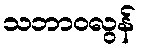
သဘာဝလွန်